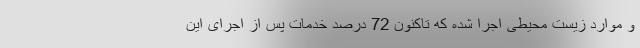
و موارد زیست محیطی اجرا شده که تاکنون 72 درصد خدمات پس از اجرای این